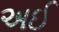
અઈ